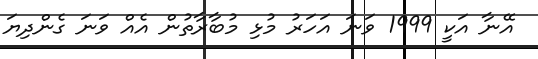
އޭނާ އަކީ 1999 ވަނަ އަހަރު މުޅި މުބާރާތުން އެއް ވަނަ ގެންދިޔަ